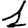
Digit: 1